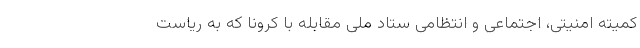
کمیته امنیتی، اجتماعی و انتظامی ستاد ملی مقابله با کرونا که به ریاست